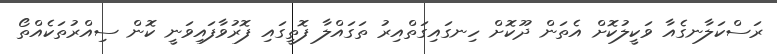
ރަސްކަލާނގެއާ ވަކީލުކޮށް އެތަން ދޫކޮށް ހިނގައިގަތްއިރު ތަގައްލާ ފޮތީގައި ފޮރުވާފައިވަނީ ކޮން ސިއްރުތަކެއްތޯ